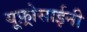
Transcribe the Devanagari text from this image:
यूफ़्रोसाईनी